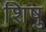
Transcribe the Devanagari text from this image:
शिषु